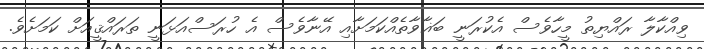
ވިއްކާލާ ރައްޔިތު މީހާވެސް އެކުރަނީ ބަޣާވާތެއްކަމަށާއި އޭނާވެސް އެ ހުރަސްއަޅަނީ ތަރައްޤީއަށް ކަމަށެވެ.